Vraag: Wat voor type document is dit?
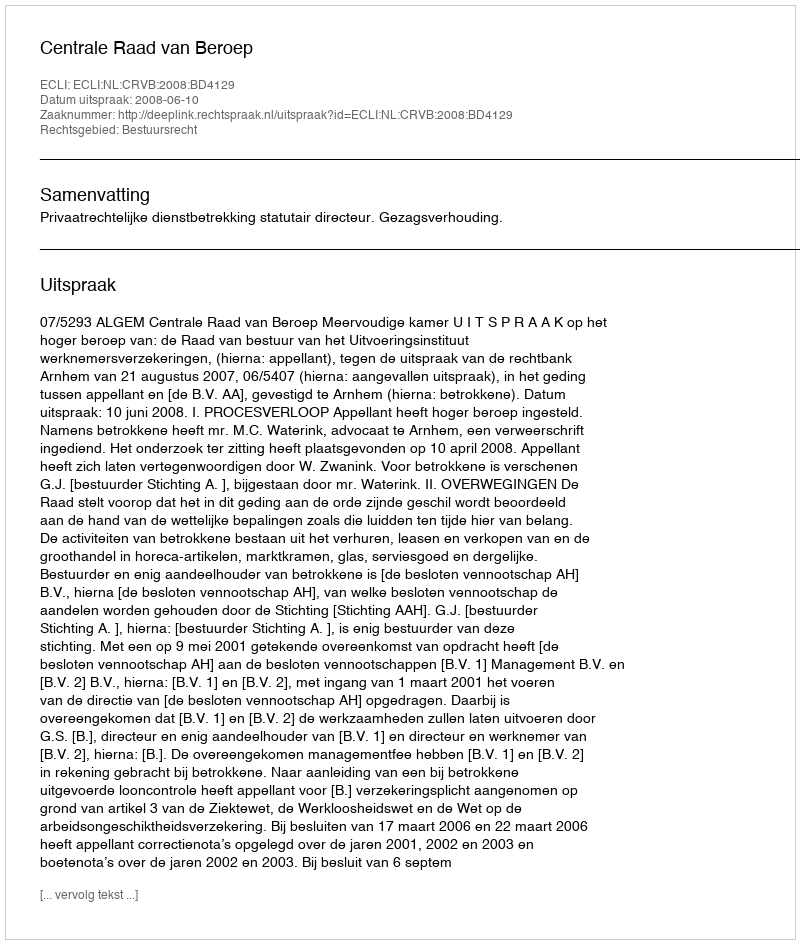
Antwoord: Uitspraak